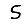
Digit: 5